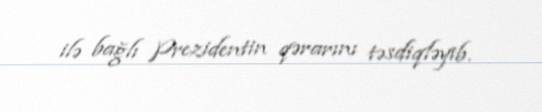
ilə bağlı Prezidentin qərarını təsdiqləyib.